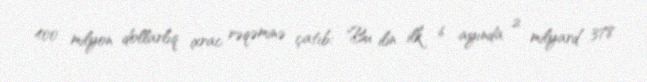
400 milyon dollarlıq ixrac rəqəminə çatıb: "Bu ilin ilk 6 ayında 2 milyard 378